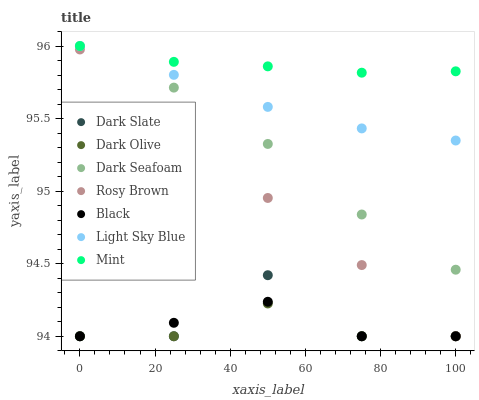
| xaxis_label | Dark Slate | Dark Olive | Dark Seafoam | Rosy Brown | Black | Light Sky Blue | Mint |
 | --- | --- | --- | --- | --- | --- | --- | --- |
 | 0 | 94 | 94 | 96 | 96 | 94 | 96 | 96 |
 | 25 | 94 | 94 | 95.7 | 95.6 | 94.1 | 95.8 | 95.9 |
 | 50 | 94.4 | 94.2 | 95.3 | 95 | 94.2 | 95.6 | 95.9 |
 | 75 | 94 | 94 | 94.8 | 94.5 | 94 | 95.4 | 95.8 |
 | 100 | 94 | 94 | 94.5 | 94 | 94 | 95.3 | 95.8 |